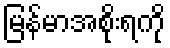
မြန်မာအစိုးရကို